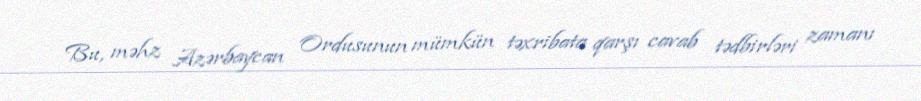
Bu, məhz Azərbaycan Ordusunun mümkün təxribata qarşı cavab tədbirləri zamanı